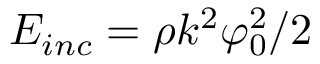
E _ { i n c } = \rho k ^ { 2 } \varphi _ { 0 } ^ { 2 } / 2